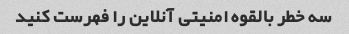
سه خطر بالقوه امنیتی آنلاین را فهرست کنید